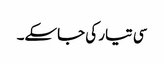
سی تیار کی جاسکے۔